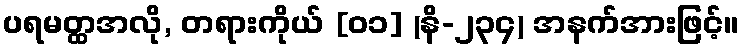
ပရမတ္ထအလို, တရားကိုယ် [၀၁] (နိ-၂၃၄) အနက်အားဖြင့်။